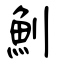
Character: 魝